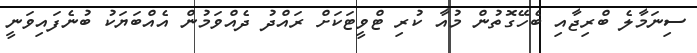
ސިނަމާލެ ބްރިޖާއި ބެހޭގޮތުން މުއާ ކުރި ޓްވީޓަކަށް ރައްދު ދެއްވަމުން އެއްބަޔަކު ބުނެފައިވަނީ